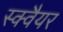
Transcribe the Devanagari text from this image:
स्‍क्‍वैयर